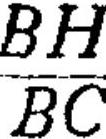
\(\frac{BH}{BC}\)